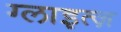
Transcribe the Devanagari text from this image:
ग्लाइत्ज़